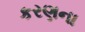
કરણના